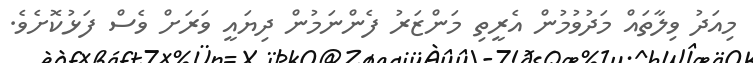
މިއަދު ވިލާތައް މަދުވުމުން އެރީތި މަންޒަރު ފެންނަމުން ދިޔައީ ވަރަށް ވެސް ފަޅުކޮށެވެ.